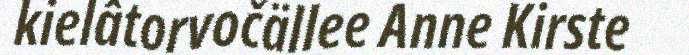
kielâtorvočällee Anne Kirste